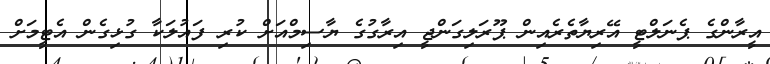
އީރާންގެ ޕެނަލްޓީ އޭރިޔާތެރެއިން ޕޫރަލިގަންޖީ އިރާގުގެ ޔާސިމްއަށް ކުރި ފައުލަކާ ގުޅިގެން އެޓީމަށް